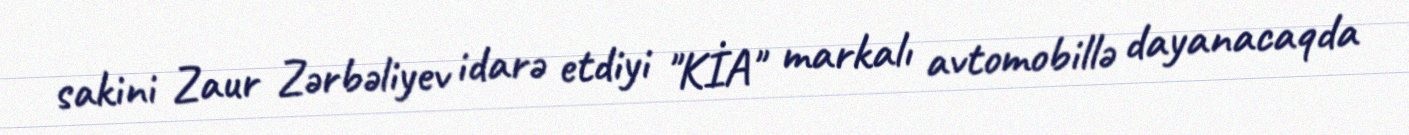
sakini Zaur Zərbəliyev idarə etdiyi "KİA" markalı avtomobillə dayanacaqda